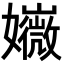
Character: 𡤇